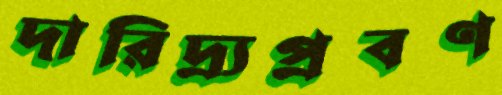
দারিদ্র্যপ্রবণ